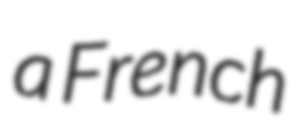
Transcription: a French